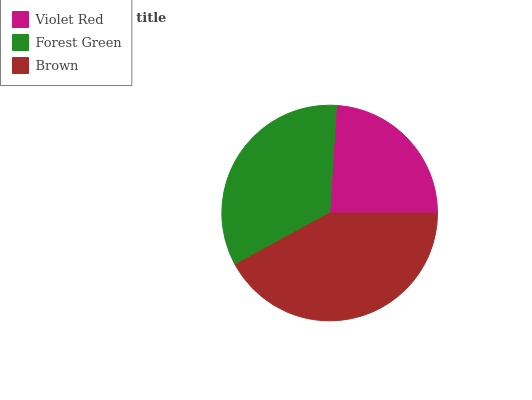
| Violet Red | Forest Green | Brown |
 | --- | --- | --- |
 | 24% | 33.9% | 42% |